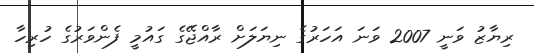
ރިޔާޒު ވަނީ 2007 ވަނަ އަހަރުގެ ނިޔަލަށް ރާއްޖޭގެ ގައުމީ ފެންވަރުގެ ހުރިހާ